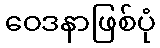
ဝေဒနာဖြစ်ပုံ